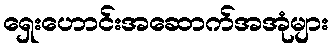
ရှေးဟောင်းအဆောက်အအုံများ